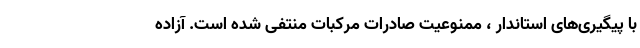
با پیگیری‌های استاندار ، ممنوعیت صادرات مرکبات منتفی شده است. آزاده